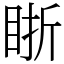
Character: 䀿